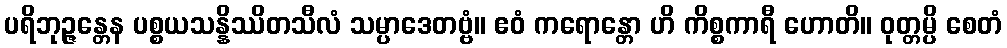
ပရိဘုဉ္ဇန္တေန ပစ္စယသန္နိဿိတသီလံ သမ္ပာဒေတဗ္ဗံ။ ဧဝံ ကရောန္တော ဟိ ကိစ္စကာရီ ဟောတိ။ ဝုတ္တမ္ပိ စေတံ